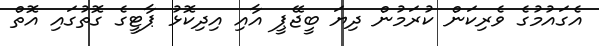
އެގައުމުގެ ވެރިކަން ކުރަމުން ދިޔަ ބީޖޭޕީ އާއި އިދިކޮޅު ޕާޓީގެ ގޮތުގައި އޮތް